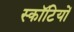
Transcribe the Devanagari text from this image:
स्कॉटियों